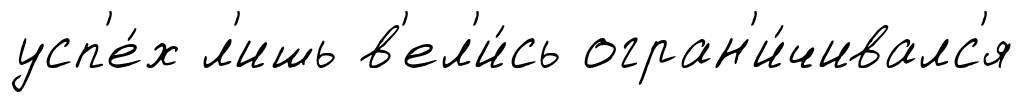
усп'е́х л'ишь в'ел'и́сь огран'и́чивалс'я